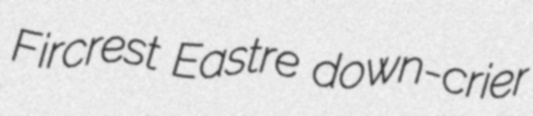
Fircrest Eastre down-crier